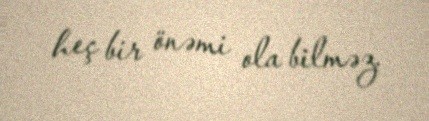
heç bir önəmi ola bilməz.